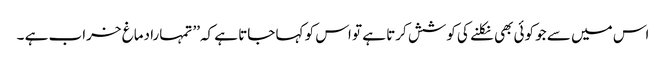
اس میں سے جو کوئی بھی نکلنے کی کوشش کرتا ہے تو اس کو کہا جاتا ہے کہ’’ تمہارا دماغ خراب ہے ۔